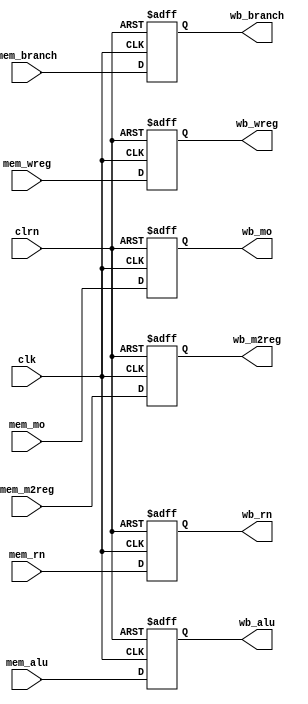
`timescale 1ns / 1ps
//////////////////////////////////////////////////////////////////////////////////
// Company:
// Engineer:
//
// Design Name:
// Module Name:    exe_wb_register
// Project Name:
// Target Devices:
// Tool versions:
// Description:
//
// Dependencies:
//
// Revision:
// Revision 0.01 - File Created
// Additional Comments:
//
//////////////////////////////////////////////////////////////////////////////////
module mem_wb_register(mem_wreg,mem_m2reg,mem_mo,mem_alu,mem_rn,clk,clrn,
                       wb_wreg,wb_m2reg,wb_mo,wb_alu,wb_rn,
                       mem_branch, wb_branch
                      );
input [31:0] mem_alu,mem_mo;
input [4:0] mem_rn;
input mem_wreg,mem_m2reg;
input clk,clrn;
input mem_branch;

output reg [31:0] wb_alu,wb_mo;
output reg [4:0] wb_rn;
output reg wb_wreg,wb_m2reg;
output reg wb_branch;

//
//////////////////////////////////////////////////////////////////////////////

always @(posedge clk or negedge clrn) begin
    if (clrn==0) begin
        wb_alu <= 0;
        wb_mo <= 0;
        wb_rn <= 0;
        wb_wreg <= 0;
        wb_m2reg <= 0;
        wb_branch <= 0;
    end
    else begin
        wb_alu <= mem_alu;
        wb_mo <= mem_mo;
        wb_rn <= mem_rn;
        wb_wreg <= mem_wreg;
        wb_m2reg <= mem_m2reg;
        wb_branch <= mem_branch;
    end
end

endmodule